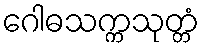
ဂေါဓသက္ကသုတ္တံ